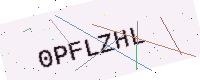
Text: 0PFLZHL